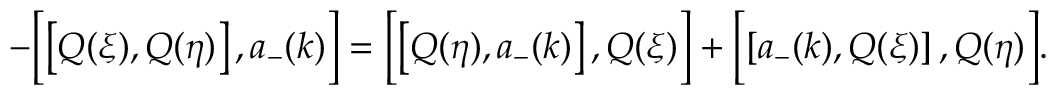
- \Bigl [ \left[ Q ( \xi ) , Q ( \eta ) \right] , a _ { - } ( k ) \Bigr ] = \Bigl [ \left[ Q ( \eta ) , a _ { - } ( k ) \right] , Q ( \xi ) \Bigr ] + \Bigl [ \left[ a _ { - } ( k ) , Q ( \xi ) \right] , Q ( \eta ) \Bigr ] .